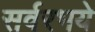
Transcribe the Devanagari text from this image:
सर्वरभये